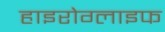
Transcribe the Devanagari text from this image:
हाइरोग्लाइफ